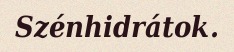
Szénhidrátok.